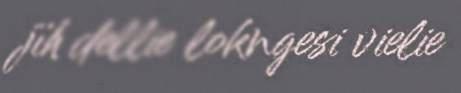
jïh dellie lokngesi vielie